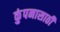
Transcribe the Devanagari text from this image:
कुंपनासाठी